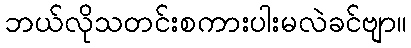
ဘယ်လိုသတင်းစကားပါးမလဲခင်ဗျာ။